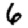
Digit: 6